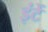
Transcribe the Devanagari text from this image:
इंटें